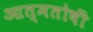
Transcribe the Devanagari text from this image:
आत्मतोषीं